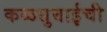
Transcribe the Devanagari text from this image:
कळसुबाईची